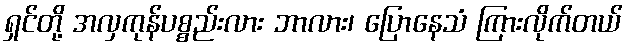
ရှင်တို့ အလှကုန်ပစ္စည်းလား ဘာလား၊ ပြောနေသံ ကြားလိုက်တယ်